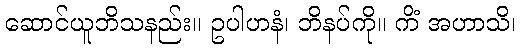
ဆောင်ယူဘိသနည်း။ ဥပါဟနံ၊ ဘိနပ်ကို။ ကိံ အဟာသိ၊